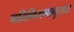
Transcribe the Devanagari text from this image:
गतिनियमानुसार